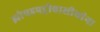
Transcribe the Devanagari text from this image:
झोपडपट्टीवासीयांना